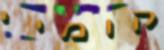
קומיי